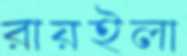
রায়ইলা